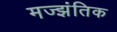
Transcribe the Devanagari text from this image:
मज्झंतिक